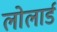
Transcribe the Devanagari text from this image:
लोलार्ड